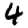
Digit: 4